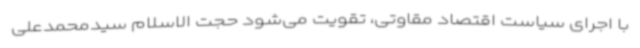
با اجرای سیاست اقتصاد مقاوتی، تقویت می‌شود حجت الاسلام سیدمحمدعلی